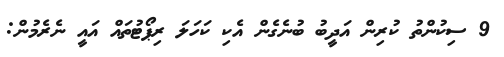
9 ސިކުންތު ކުރިން އަދީބު ބުނެގެން އެކި ކަހަލަ ރިޕޯޓުތައް އައީ ނެރެމުން: